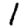
Digit: 1